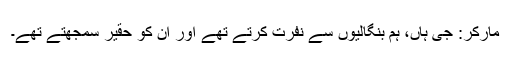
مارکر: جی ہاں، ہم بنگالیوں سے نفرت کرتے تھے اور ان کو حقیر سمجھتے تھے۔